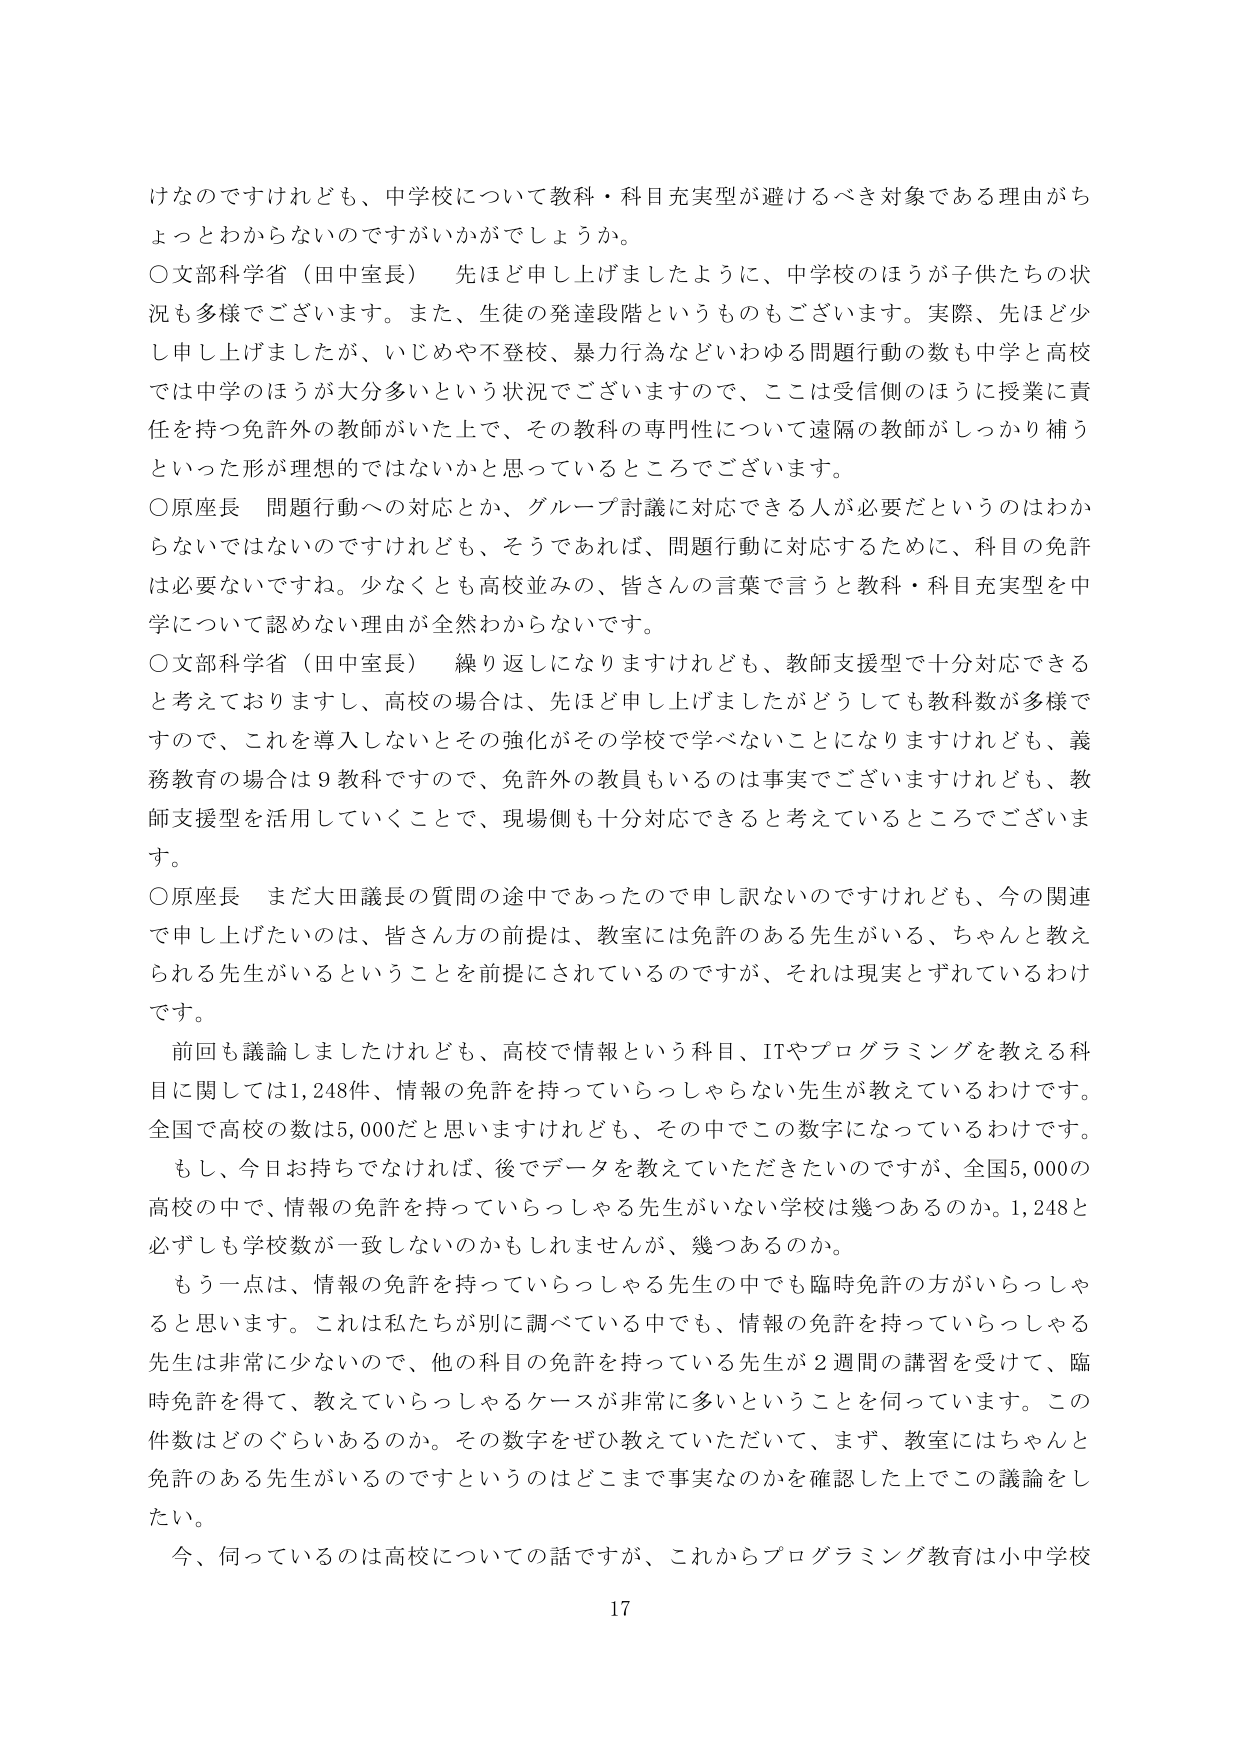
けなのですけれども、中学校について教科・科目充実型が避けるべき対象である理由がちょっとわからないのですがいかがでしょうか。

○文部科学省（田中室長）　先ほど申し上げましたように、中学校のほうが子供たちの状況も多様でございます。また、生徒の発達段階というのもございます。実際、先ほど少し申し上げましたが、いじめや不登校、暴力行為などいわゆる問題行動の数も中学と高校では中学のほうが大分多いという状況でございますので、ここは受信側のほうに授業に責任を持つ免許外の教師がいた上で、その教科の専門性について遠隔の教師がしっかり補うといった形が理想的ではないかと思っているところでございます。

○原座長　問題行動への対応とか、グループ討議に対応できる人が必要だというのはわからないではないのですけれども、そうであれば、問題行動に対応するために、科目の免許は必要ないですね。少なくとも高校並みの、皆さんの言葉で言うと教科・科目充実型を中学について認めない理由が全然わかりません。

○文部科学省（田中室長）　繰り返しになりますけれども、教師支援型で十分対応できると考えておりますし、高校の場合は、先ほど申し上げましたがどうしても教科数が多様ですので、これを導入しないとその強化がその学校で学べないことになりますけれども、義務教育の場合は９教科ですので、免許外の教員もいるのは事実でございますけれども、教師支援型を活用していくことで、現場側も十分対応できると考えているところでございます。

○原座長　まだ大田議長の質問の途中であったので申し訳ないのですけれども、今の関連で申し上げたいのは、皆さん方の前提は、教室には免許のある先生がいる、ちゃんと教えられる先生がいるということを前提にされているのですが、それは現実とずれているわけです。

前回も議論しましたけれども、高校で情報という科目、ITやプログラミングを教える科目に関しては1,248件、情報の免許を持っていらっしゃらない先生が教えているわけです。全国で高校の数は5,000だと思いますけれども、その中でこの数字になっているわけです。

もし、今日お持ちでなければ、後でデータを教えていただきたいのですが、全国5,000の高校の中で、情報の免許を持っていらっしゃる先生がいない学校は幾つあるのか。1,248と必ずしも学校数が一致しないのかもしれませんが、幾つあるのか。

もう一点は、情報の免許を持っていらっしゃる先生の中でも臨時免許の方がいらっしゃると思います。これは私たちが別に調べている中でも、情報の免許を持っていらっしゃる先生は非常に少ないので、他の科目の免許を持っている先生が２週間の講習を受けて、臨時免許を得て、教えていらっしゃるケースが非常に多いということを伺っています。この件数はどのぐらいあるのか。その数字をぜひ教えていただいて、まず、教室にはちゃんと免許のある先生がいるのですというのはどこまで事実なのかを確認した上でこの議論をしたい。

今、伺っているのは高校についての話ですが、これからプログラミング教育は小中学校

17